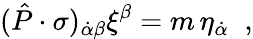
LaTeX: (\hat{P}\cdot\sigma)_{\dot{\alpha}\beta}\xi^{\beta}=m\, \eta_{\dot{\alpha}}\; \; ,